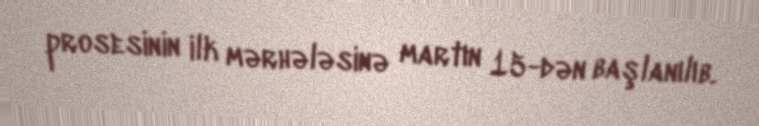
prosesinin ilk mərhələsinə martın 15-dən başlanılıb.